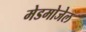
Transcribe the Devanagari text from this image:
मेडमोजेल